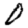
Digit: 0